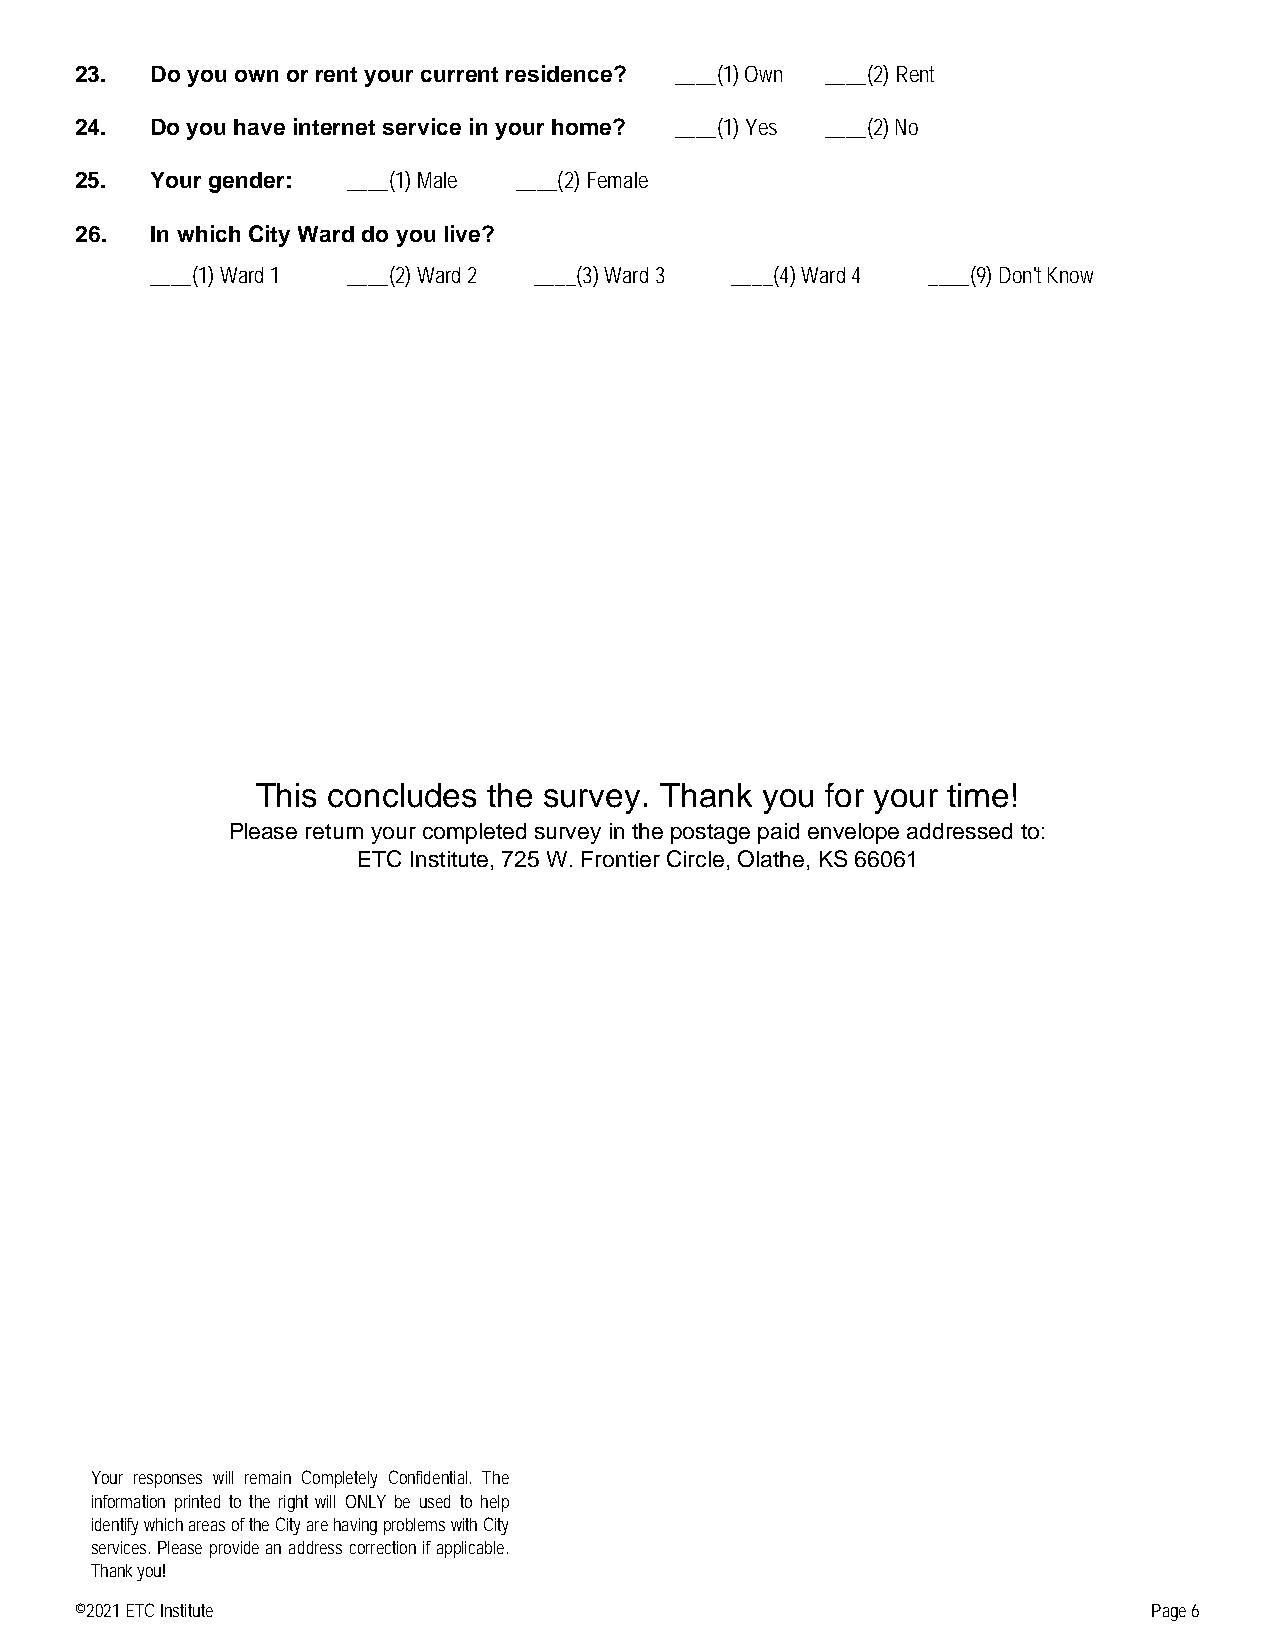
23.  Do you own or rent your current residence? ____(1) Own ____(2) Rent
 24.  Do you have internet service in your home? ____(1) Yes ____(2) No
 25.  Your gender: ____(1) Male ____(2) Female
 26.  In which City Ward do you live?
 ____(1) Ward 1 ____(2) Ward 2 ____(3) Ward 3 ____(4) Ward 4 ____(9) Don't Know
 This concludes the survey. Thank you  for your time!
 Please return your completed survey in the postage paid envelope addressed to:
 ETC Institute, 725 W. Frontier Circle, Olathe, KS 66061
 Your responses will remain Completely Confidential. The
 information printed to the right will ONLY be used to help
 identify which areas of the City are having problems with City
 services. Please provide an address correction if applicable.
 Thank you!
 ©2021 ETC Institute                                                    Page 6